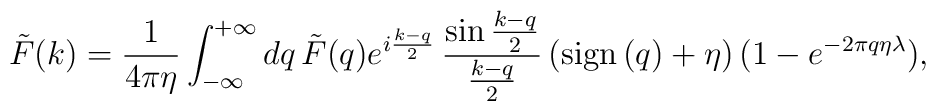
\tilde F(k)={1 \over{4\pi \eta}}\int_{-\infty}^{+\infty}dq\, \tilde F(q)e^{i{{k-q}\over 2}}\, {{\sin{{k-q}\over 2}}\over {{k-q}\over 2}}\,({\rm sign} \,(q) +\eta) \,(1-e^{-2\pi q\eta \lambda}),